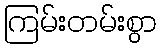
ကြမ်းတမ်းစွာ